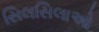
સિલસિલાઓ